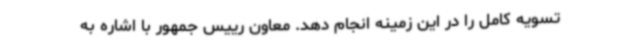
تسویه کامل را در این زمینه انجام دهد. معاون رییس جمهور با اشاره به